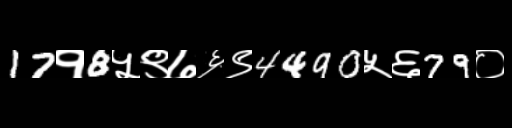
Text: 17१8५९७६९4490५६79०